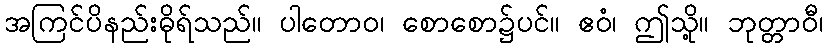
အကြင်ပိနည်းဓိုရ်သည်။ ပါတောဝ၊ စောစော၌ပင်။ ဧဝံ၊ ဤသို့။ ဘုတ္တာဝီ၊